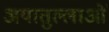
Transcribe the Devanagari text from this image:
अयातुल्लाओं